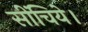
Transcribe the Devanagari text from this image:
सींचिये।